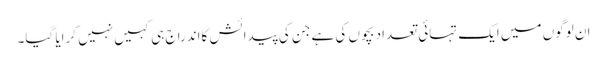
ان لوگوں میں ایک تہائی تعداد بچوں کی ہے جن کی پیدائش کااندراج ہی کہیں نہیں کرایا گیا۔